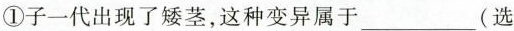
①子一代出现了矮茎，这种变异属于___(选